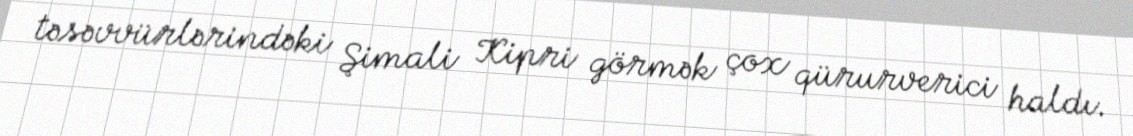
təsəvvürlərindəki Şimali Kipri görmək çox qürurverici haldı.